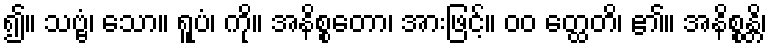
၍။ သဗ္ဗံ၊ သော။ ရူပံ၊ ကို။ အနိစ္စတော၊ အားဖြင့်။ ၀၀ တ္ထေတိ၊ ၏။ အနိစ္စန္တိ၊